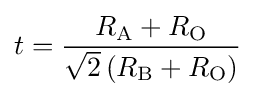
t={\frac {R_{\rm {A}}+R_{\rm {O}}}{{\sqrt {2}}\left(R_{\rm {B}}+R_{\rm {O}}\right)}}